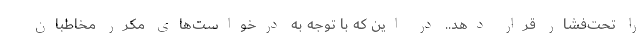
را تحت‌فشار قرار دهد.. در این که با توجه به درخواست‌های مکرر مخاطبان